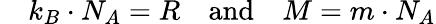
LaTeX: \quad k_{B}\cdot N_{A}=R\quad{\mathrm{and}}\quad M=m\cdot N_{A}